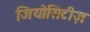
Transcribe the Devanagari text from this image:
जियोसिटीज़